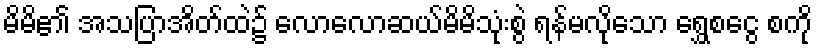
မိမိ၏ အသပြာအိတ်ထဲ၌ လောလောဆယ်မိမိသုံးစွဲ ရန်မလိုသော ရွှေစငွေ စကို